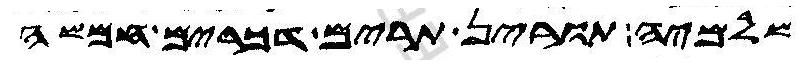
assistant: שלמיה תורין תרים דכרים חמשה